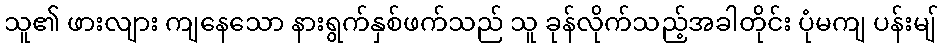
သူ၏ ဖားလျား ကျနေသော နားရွက်နှစ်ဖက်သည် သူ ခုန်လိုက်သည့်အခါတိုင်း ပုံမကျ ပန်းမျ်